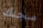
سجنك